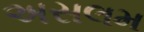
અસલમ